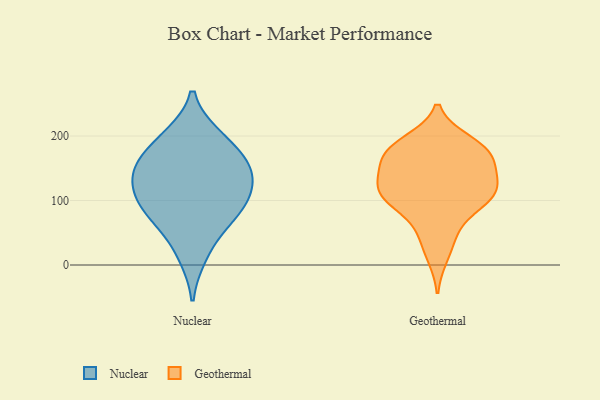
{"axis": {"x": "Demand Index", "y": "Value"}, "legend": ["Geothermal", "Nuclear"], "data": [{"x": "", "y": 161, "type": "Nuclear"}, {"x": "", "y": 159, "type": "Nuclear"}, {"x": "", "y": 14, "type": "Nuclear"}, {"x": "", "y": 200, "type": "Nuclear"}, {"x": "", "y": 197, "type": "Nuclear"}, {"x": "", "y": 121, "type": "Nuclear"}, {"x": "", "y": 80, "type": "Nuclear"}, {"x": "", "y": 114, "type": "Nuclear"}, {"x": "", "y": 100, "type": "Nuclear"}, {"x": "", "y": 150, "type": "Nuclear"}, {"x": "", "y": 57, "type": "Nuclear"}, {"x": "", "y": 143, "type": "Nuclear"}, {"x": "", "y": 85, "type": "Nuclear"}, {"x": "", "y": 59, "type": "Geothermal"}, {"x": "", "y": 186, "type": "Geothermal"}, {"x": "", "y": 148, "type": "Geothermal"}, {"x": "", "y": 177, "type": "Geothermal"}, {"x": "", "y": 14, "type": "Geothermal"}, {"x": "", "y": 103, "type": "Geothermal"}, {"x": "", "y": 99, "type": "Geothermal"}, {"x": "", "y": 182, "type": "Geothermal"}, {"x": "", "y": 177, "type": "Geothermal"}, {"x": "", "y": 43, "type": "Geothermal"}, {"x": "", "y": 162, "type": "Geothermal"}, {"x": "", "y": 191, "type": "Geothermal"}, {"x": "", "y": 103, "type": "Geothermal"}, {"x": "", "y": 104, "type": "Geothermal"}, {"x": "", "y": 103, "type": "Geothermal"}, {"x": "", "y": 119, "type": "Geothermal"}, {"x": "", "y": 164, "type": "Geothermal"}, {"x": "", "y": 141, "type": "Geothermal"}, {"x": "", "y": 125, "type": "Geothermal"}, {"x": "", "y": 124, "type": "Geothermal"}]}